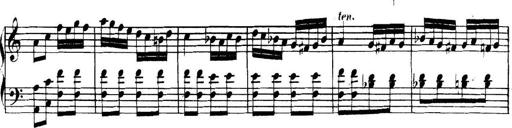
Title: Collected Piano Sonatas
Composer: Muzio Clementi